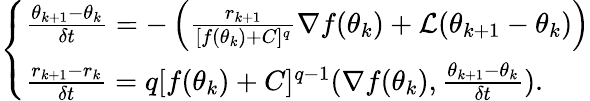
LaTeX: \left\{ \begin{array}{ll}{\frac{\theta_{k+1}-\theta_{k}}{\delta t}=-\left(\frac{{r}_{k+1}}{[f(\theta_{k})+C]^{q}}\nabla f(\theta_{k})+\mathcal{L}(\theta_{k+1}-\theta_{k})\right)}\\ {\frac{{r}_{k+1}-r_{k}}{\delta t}=q[f(\theta_{k})+C]^{q-1}(\nabla f(\theta_{k}),\frac{\theta_{k+1}-\theta_{k}}{\delta t}).}\end{array}\right.